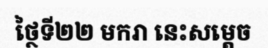
ថ្ថៃទី២២ មករា នេះសម្តេច